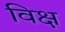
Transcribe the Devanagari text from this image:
विक्ष